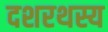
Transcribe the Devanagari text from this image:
दशरथस्य